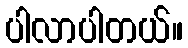
ပါလာပါတယ်။